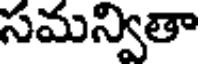
సమన్వితా